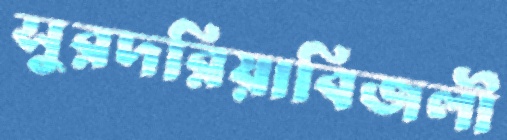
সুরদরিয়াবিজলী